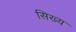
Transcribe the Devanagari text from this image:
सिख्य